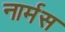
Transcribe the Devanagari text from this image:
नार्मस